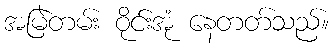
အမြဲတမ်း ဝိုင်းအုံ နေတတ်သည်။